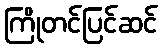
ကြိုတင်ပြင်ဆင်